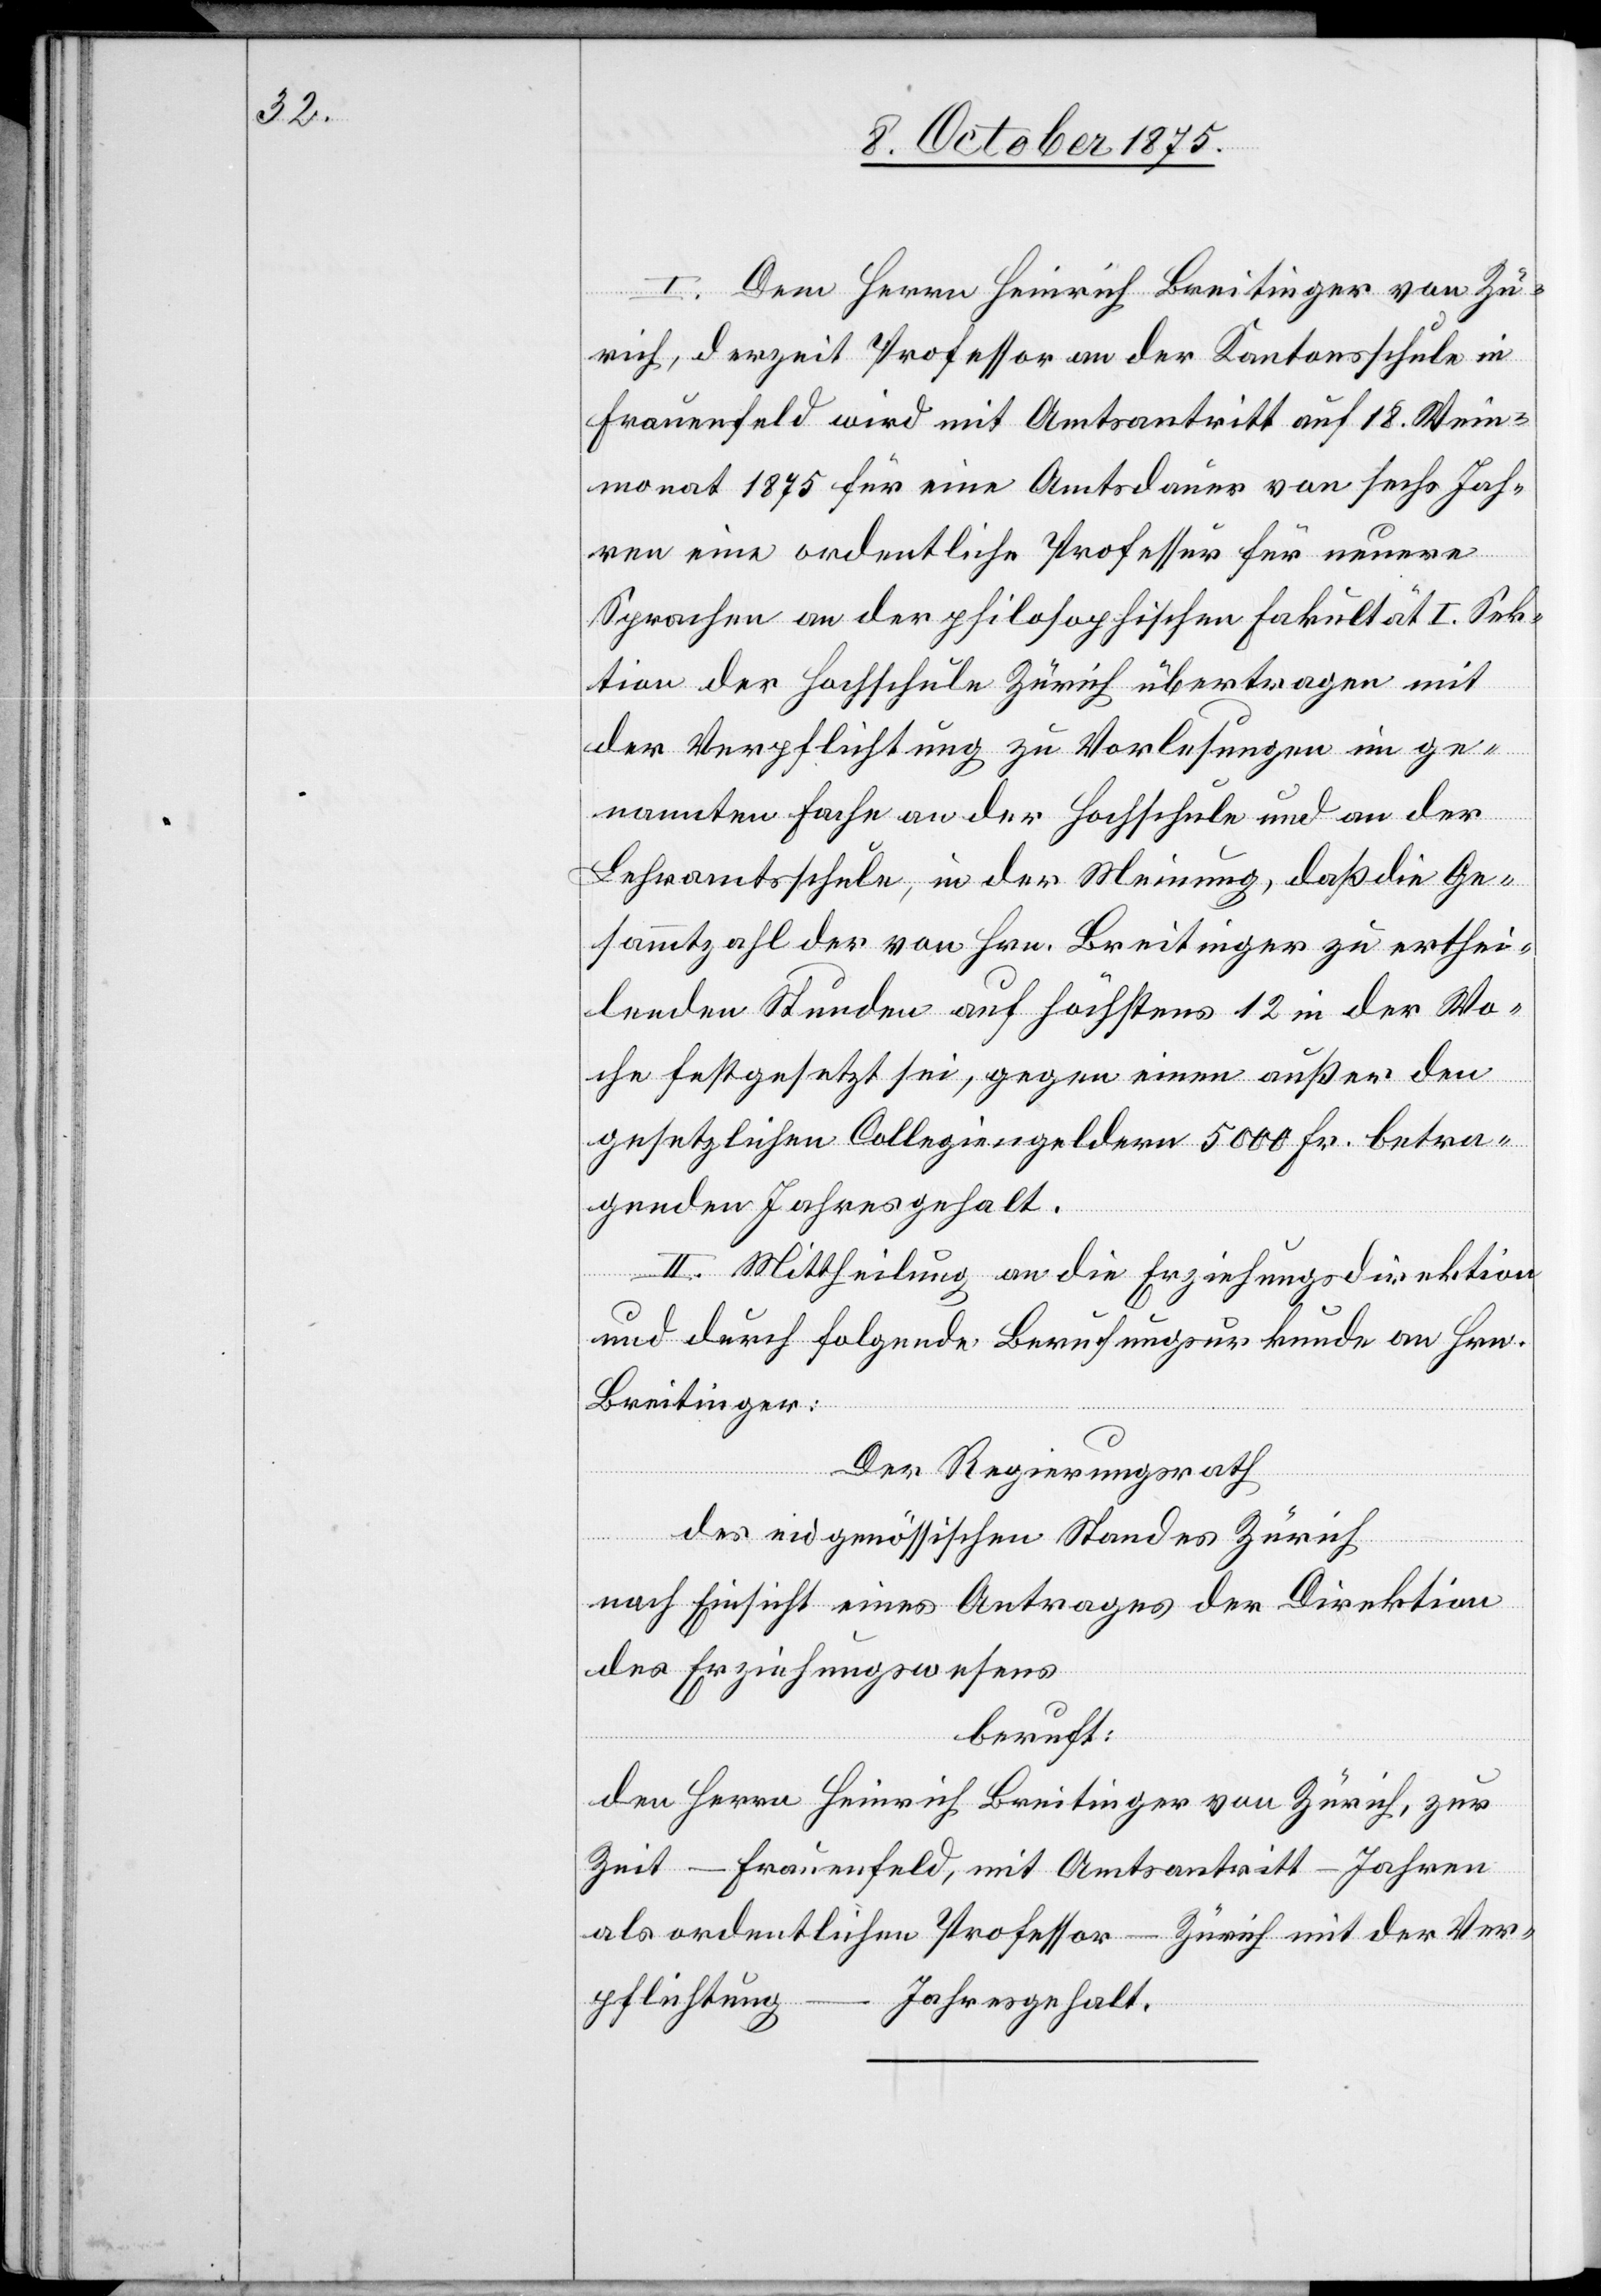
I. Dem Herrn Heinrich Breitinger von Zü¬
rich, derzeit Professor an der Kantonsschule in
Frauenfeld wird mit Amtsantritt auf 18. Wein¬
monat 1875 für eine Amtsdauer von sechs Jah¬
ren eine ordentliche Professur für neuere
Sprachen an der philosophischen Fakultät I. Sek¬
tion der Hochschule Zürich übertragen mit
der Verpflichtung zu Vorlesungen im ge¬
nannten Dache an der Hochschule und an der
Lehramtsschule, in der Meinung, daß die Ge¬
sammtzahl der von Hrn. Breitinger zu erthei¬
lenden Stunden auf höchstens 12 in der Wo¬
che festgesetzt sei, gegen einen außer den
gesetzlichen Collegiengeldern 5000 Fr. betra¬
genden Jahresgehalt.
II. Mittheilung an die Erziehungsdirektion
und durch folgende Berufungsurkunde an Hrn.
Breitinger:
Der Regierungsrath
des eidgenössischen Standes Zürich
nach Einsicht eines Antrages der Direktion
des Erziehungswesens
beruft:
den Herrn Heinrich Breitinger von Zürich, zur
Zeit – Frauenfeld, mit Amtsantritt – Jahren
als ordentlichen Professor – Zürich mit der Ver¬
pflichtung – Jahresgehalt.